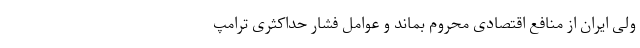
ولی ایران از منافع اقتصادی محروم بماند و عوامل فشار حداکثری ترامپ